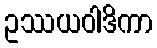
ဥဿယဝါဒိကာ